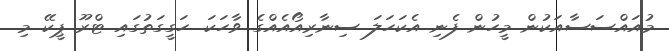
މުއައްސަސާއަކުން މީހުން ފެނި އެކަހަލަ ސިނާރިއޯއެއްގެ ވާހަކަ. ހަގީގަތުގައި ޓްރޫ ޕީކޭ މި